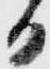
日